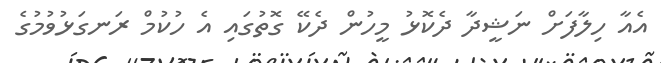
އެއާ ހިލާފަށް ނަޝީދާ ދެކޮޅު މީހުން ދެކޭ ގޮތުގައި އެ ހުކުމް ރަނގަޅުވުމުގެ